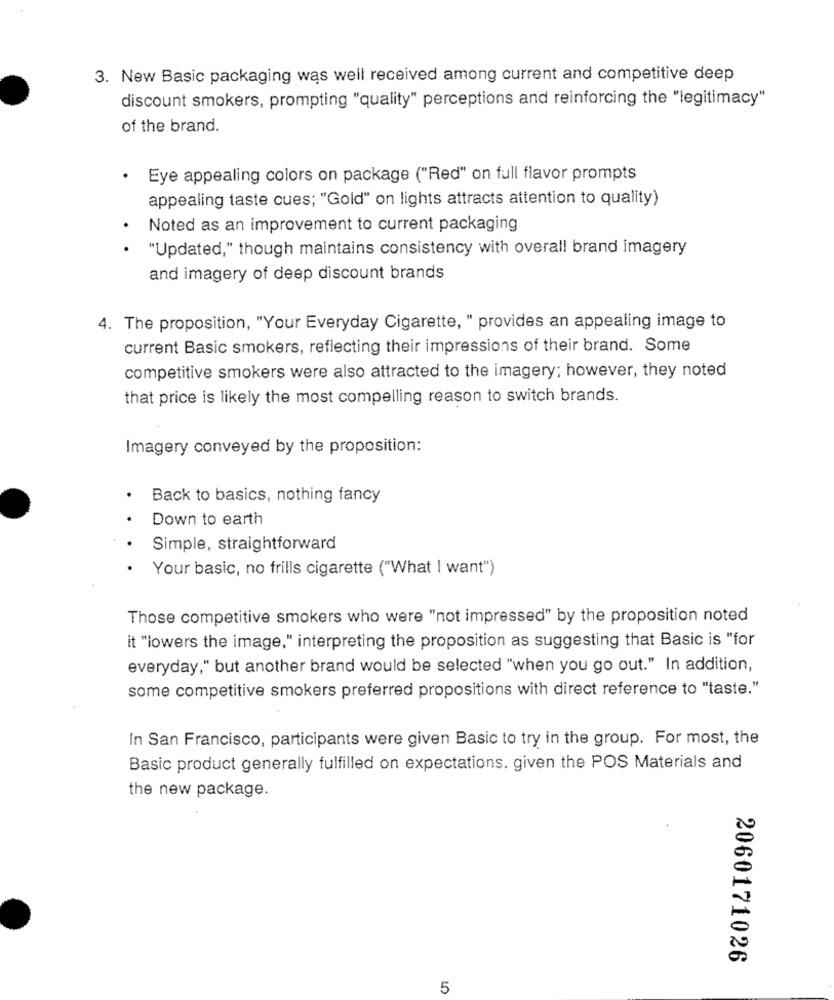
3. New Basic packaging was well received among current and competitive deep
discount smokers, prompting "quality" perceptions and reinforcing the "legitimacy"
of the brand.
· Eye appealing colors on package ("Red" on full flavor prompts
appealing taste cues; "Gold" on lights attracts attention to quality)
Noted as an improvement to current packaging
"Updated," though maintains consistency with overall brand imagery
and imagery of deep discount brands
4. The proposition, "Your Everyday Cigarette, " provides an appealing image to
current Basic smokers, reflecting their impressions of their brand. Some
competitive smokers were also attracted to the imagery; however, they noted
that price is likely the most compelling reason to switch brands.
Imagery conveyed by the proposition:
Back to basics, nothing fancy
Down to earth
Simple, straightforward
· Your basic, no frills cigarette ("What I want")
Those competitive smokers who were "not impressed" by the proposition noted
it "lowers the image," interpreting the proposition as suggesting that Basic is "for
everyday," but another brand would be selected "when you go out." In addition,
some competitive smokers preferred propositions with direct reference to "taste."
In San Francisco, participants were given Basic to try in the group. For most, the
Basic product generally fulfilled on expectations. given the POS Materials and
the new package.
2060171026
5